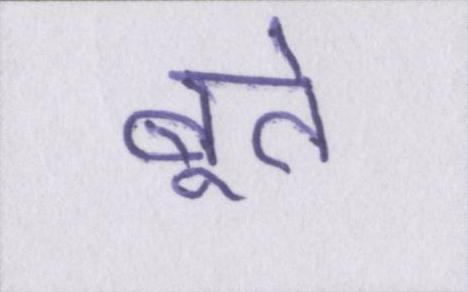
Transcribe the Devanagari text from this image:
बूते